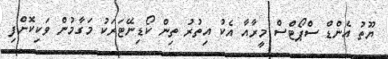
ޔޫތު އެންޑް ސްޕޯޓްސް މީރާއާ އެކު އިތުރު ތިން ކޯޑިނޭޓަރަކު މަގާމުން ވަކިކޮށްފި